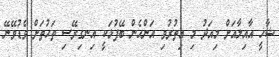
ޝާހީ އާއިލާއަށް މިއަދު މި އިތުރުވި އަންހެން ބޭފުޅަކީ އިނގިރޭސި ތަހުތަށް ވެޑުވޭނޭ